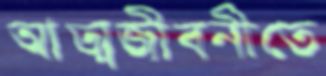
আত্মজীবনীতে